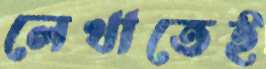
লেখাতেই